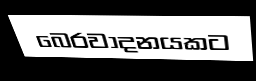
බෙරවාදනයකට